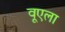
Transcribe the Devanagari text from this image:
वूएला